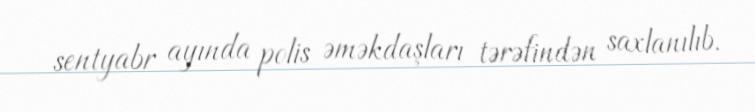
sentyabr ayında polis əməkdaşları tərəfindən saxlanılıb.